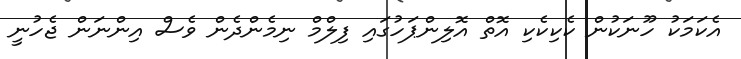
އެކަމަކު ހޫނަކުން ކެކިކެކި އޮތް އޮލިންޕަހުގައި ފިލްމް ނިމެންދެން ވެސް އިންނަން ޖެހުނީ